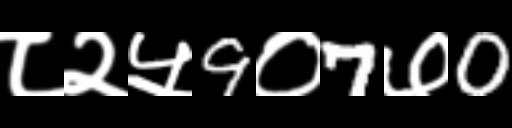
Text: ८२५9०7७0